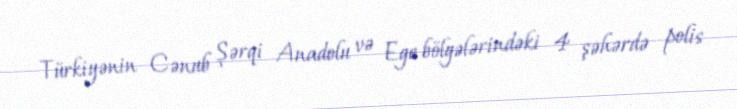
Türkiyənin Cənub Şərqi Anadolu və Ege bölgələrindəki 4 şəhərdə polis